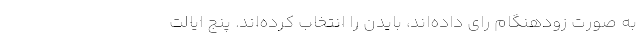
به صورت زودهنگام رای داده‌اند، بایدن را انتخاب کرده‌اند. پنج ایالت